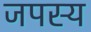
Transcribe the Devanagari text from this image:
जपस्य